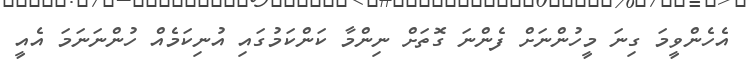
އެހެންވީމަ ގިނަ މީހުންނަށް ފެންނަ ގޮތަށް ނިންމާ ކަންކަމުގައި އުނިކަމެއް ހުންނަނަމަ އެއީ